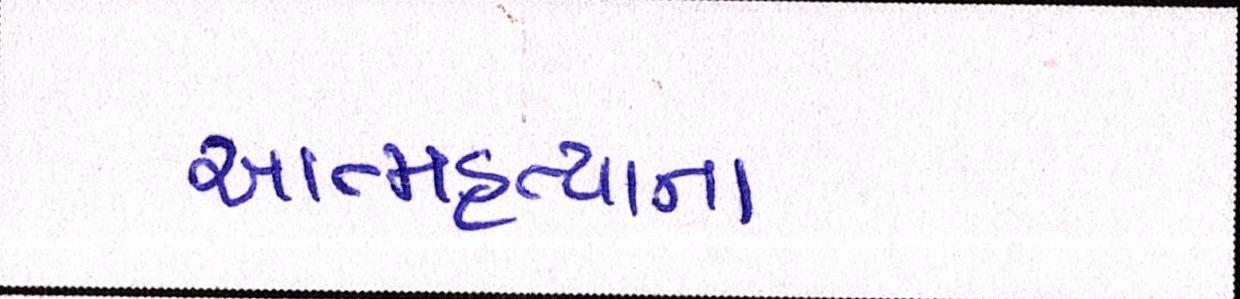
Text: આત્મહત્યાના